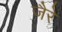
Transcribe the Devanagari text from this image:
जैरे